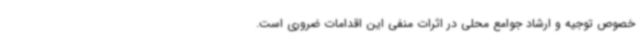
خصوص توجیه و ارشاد جوامع محلی در اثرات منفی این اقدامات ضروری است.